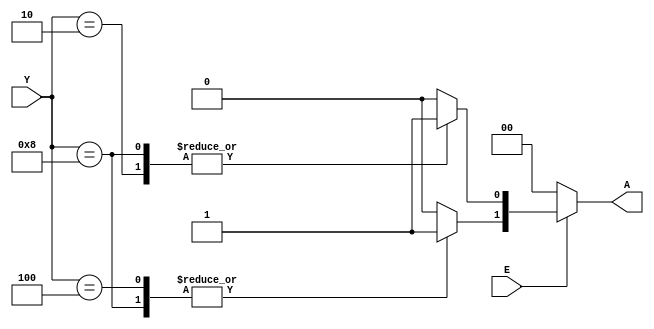
module encoder4_2(Y,A,E);
input [3:0] Y;
input E;
output reg [1:0]A;

always @(*)
if (!E)
	A=2'b00;
else 
	begin
	case(Y)
	4'b0001 : begin A[1] = 1'b0; A[0] = 1'b0; end
	4'b0010 : begin A[1] = 1'b0; A[0] = 1'b1;end
	4'b0100 : begin A[1] = 1'b1; A[0] = 1'b0; end
	4'b1000 : begin A[1] = 1'b1; A[0] = 1'b1; end
	default : A = 2'b00;
	endcase
	end
endmodule